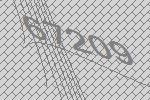
67209